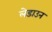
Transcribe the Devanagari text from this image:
लेडाउन